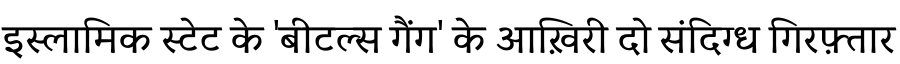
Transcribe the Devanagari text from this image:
इस्लामिक स्टेट के 'बीटल्स गैंग' के आख़िरी दो संदिग्ध गिरफ़्तार